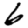
Digit: 6